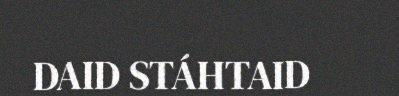
DAID STÁHTAID